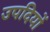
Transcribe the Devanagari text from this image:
उपदियों